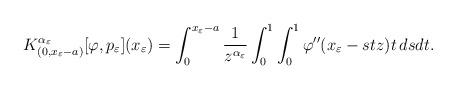
LaTeX: \begin{align*} K^{\alpha_\varepsilon}_{(0,x_\varepsilon -a)}[\varphi, p_\varepsilon](x_\varepsilon) =\int_0^{x_\varepsilon-a} \frac 1{z^{\alpha_\varepsilon}}\int_0^1\int_0^1 \varphi''(x_\varepsilon -st z)t\,ds dt.\end{align*}